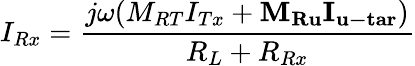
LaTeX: {I_{Rx}}=\frac{{j\omega({M_{RT}}{I_{Tx}}+{{\mathbf{M}}_{{\mathbf{Ru}}}}{{\mathbf{I}}_{{\mathbf{u-tar}}}})}}{{{R_{L}}+{R_{Rx}}}}